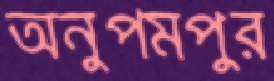
অনুপমপুর